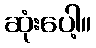
ဆုံးပေါ့။